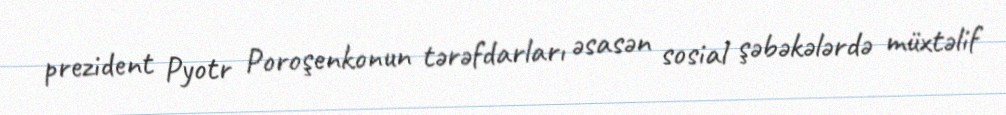
prezident Pyotr Poroşenkonun tərəfdarları əsasən sosial şəbəkələrdə müxtəlif